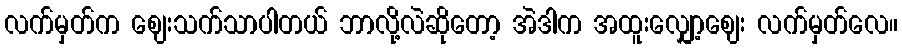
လက်မှတ်က ဈေးသက်သာပါတယ် ဘာလို့လဲဆိုတော့ အဲဒါက အထူးလျှော့ဈေး လက်မှတ်လေ။